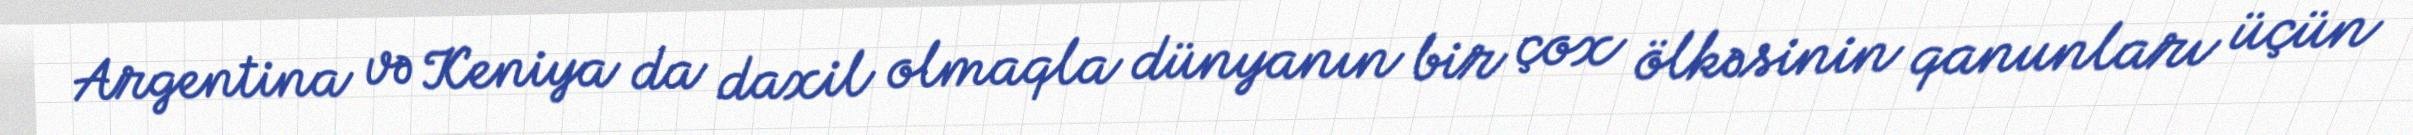
Argentina və Keniya da daxil olmaqla dünyanın bir çox ölkəsinin qanunları üçün